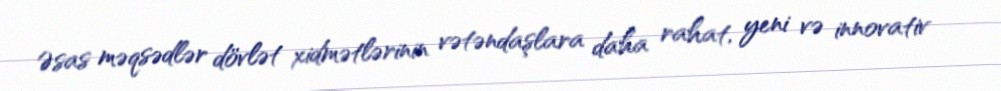
Əsas məqsədlər dövlət xidmətlərinin vətəndaşlara daha rahat, yeni və innovativ